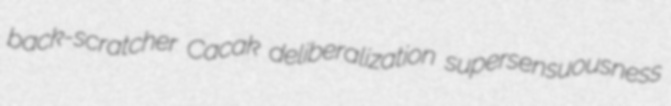
back-scratcher Cacak deliberalization supersensuousness